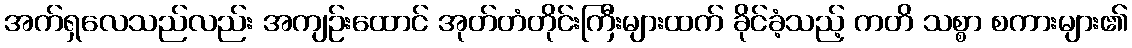
အက်ရှလေသည်လည်း အကျဉ်းထောင် အုတ်တံတိုင်းကြီးများထက် ခိုင်ခံ့သည့် ကတိ သစ္စာ စကားများ၏